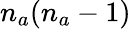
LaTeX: n_{a}(n_{a}-1)